Trukikaitis_Postimees, lk 10
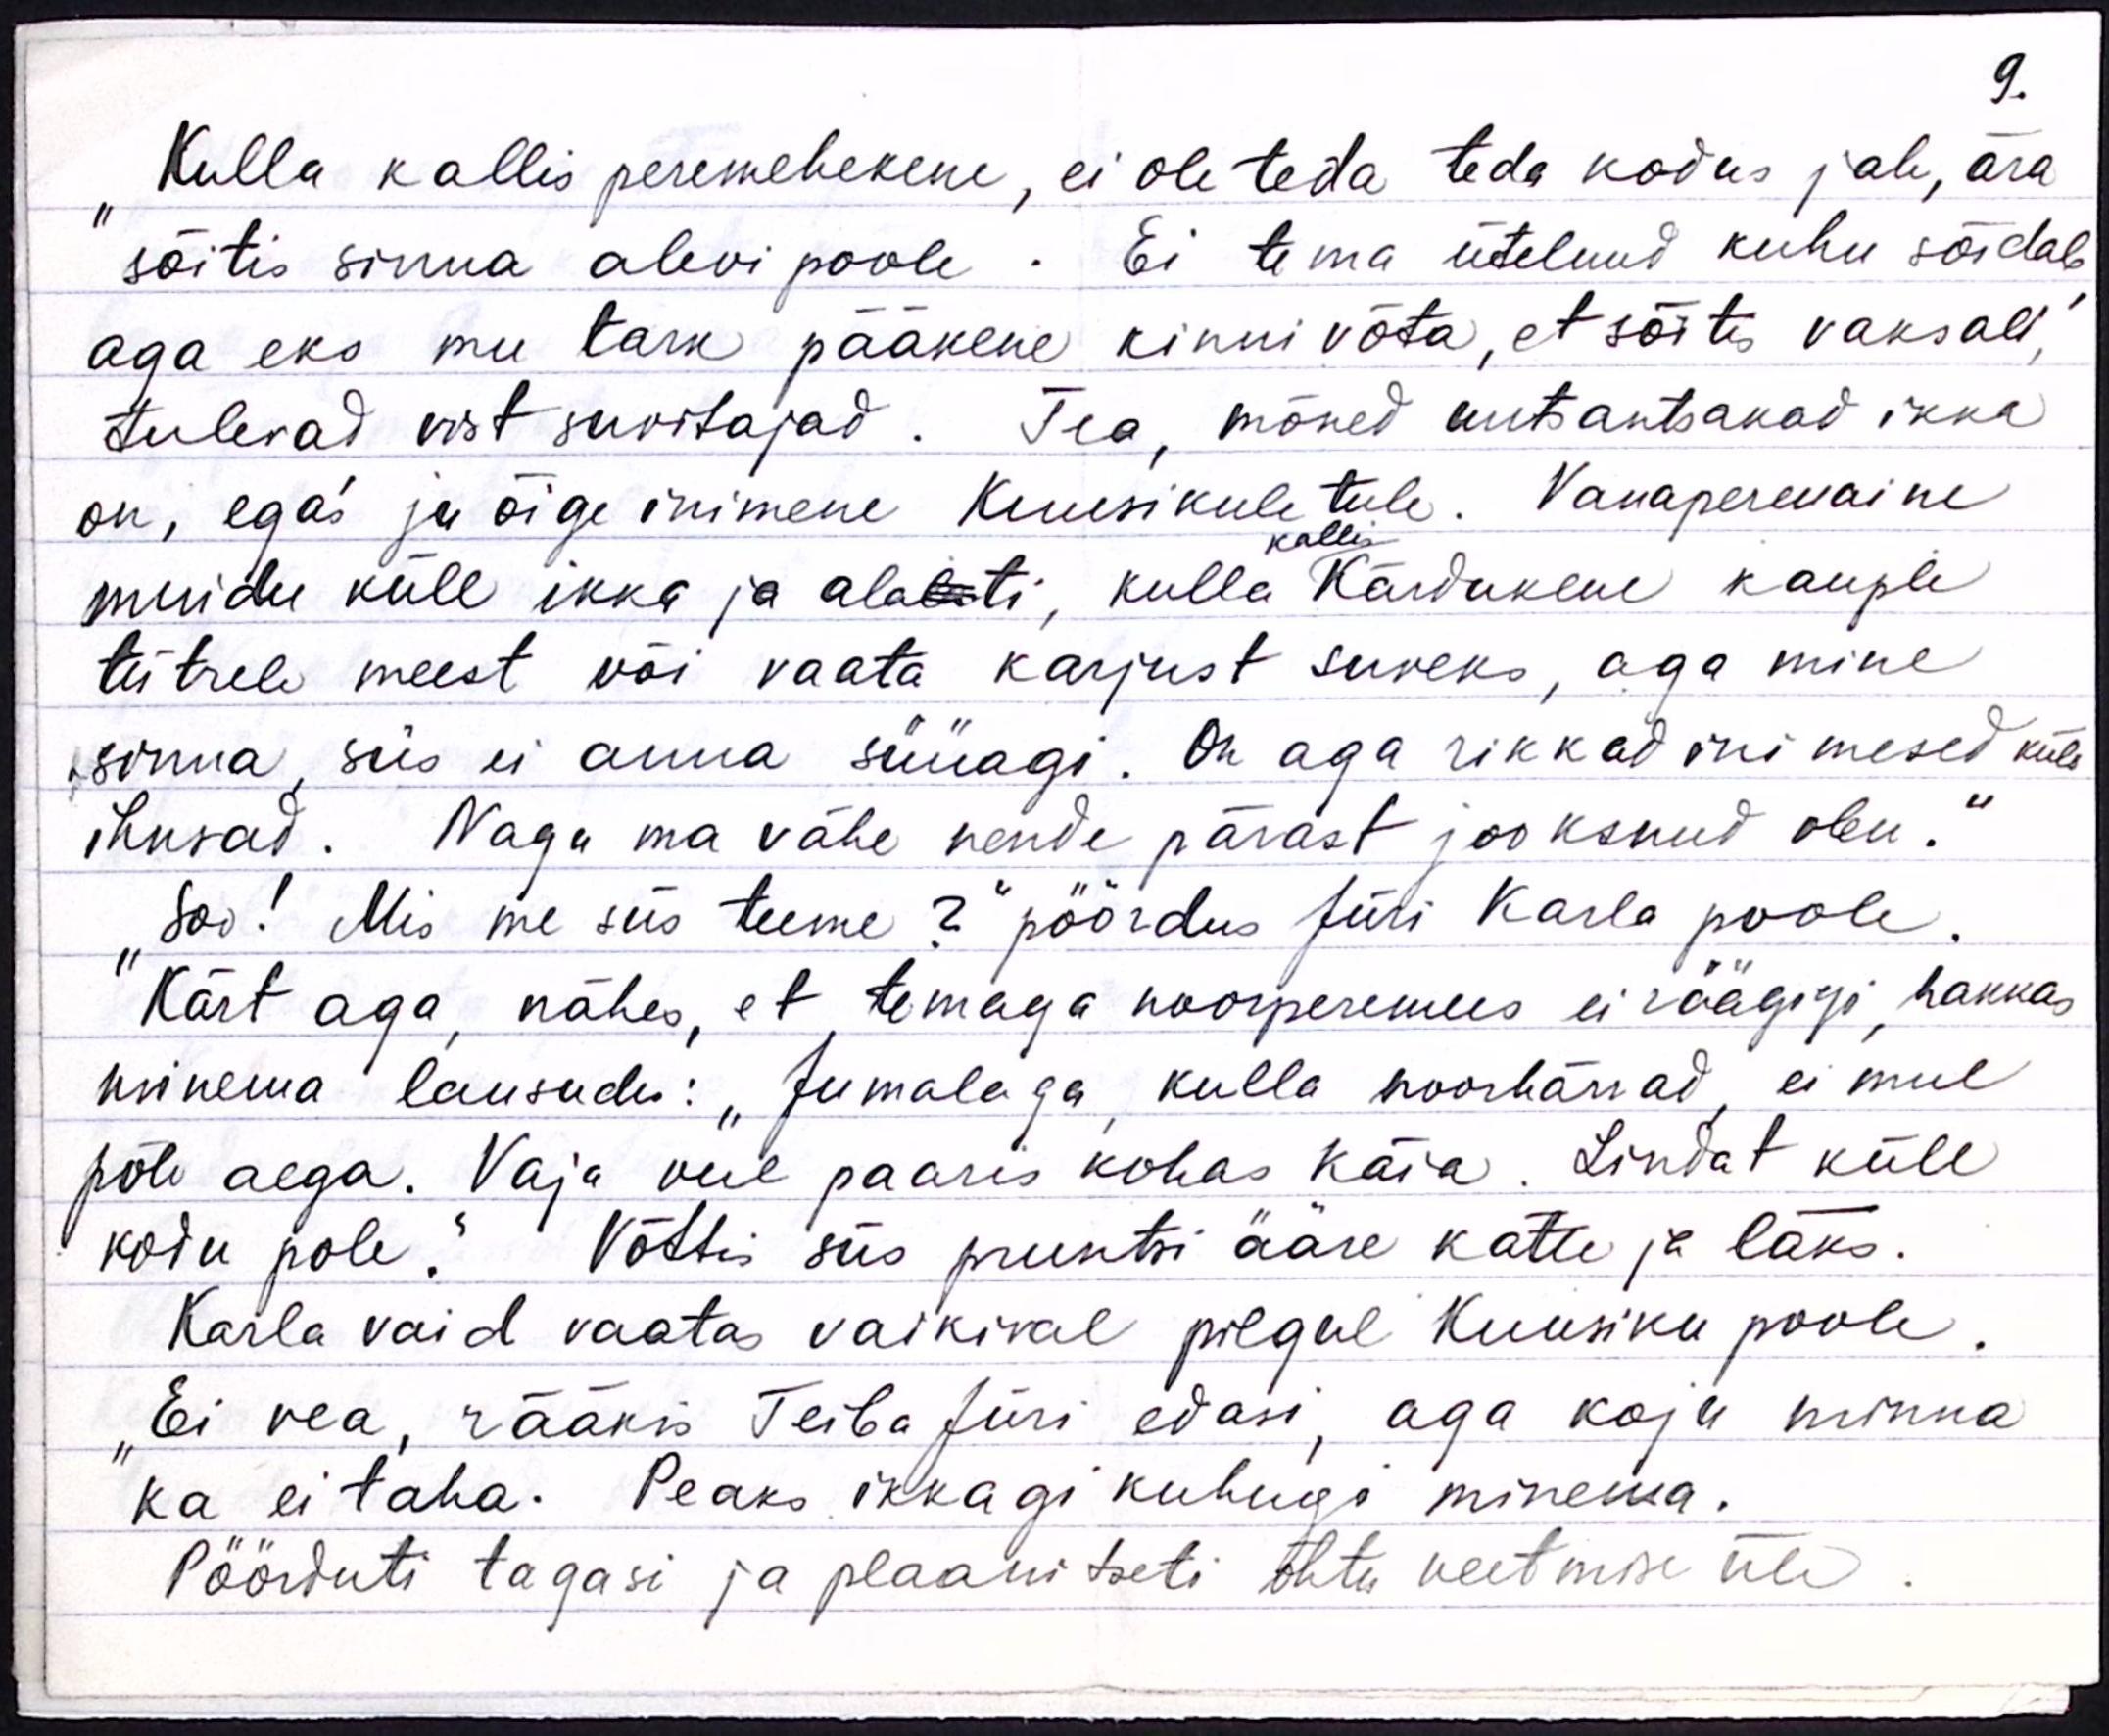
9.

"Kulla kallis peremehekene, ei ole teda teda kodus jah, ära
sõitis sinna alevi poole. Ei tema ütelnud kuhu sõidab
aga eks mu tark pääkene kinnivõta, et sõitis vaksali,"
tulevad vist suvitajad. Tea, mõned untsantakad, ikka
on, ega's ju õige inimene Kuusikule tule. Vanaperenaine
kallis
muidu küll ikka ja alalati, kulla Kärdukene kauple
tütrele meest või vaata karjust suveks, aga mine
sinna, siis ei anna süüagi. On aga rikkad inimesed küll
ihnsad. Nagu ma vähe nende pärast jooksnud olen."
"Soo! Mis me siis teeme ?“ pöördus Jüri Karla poole.
Kärt aga, nähes, et temaga noorperemees ei räägigi, hakkas
minema lausudes: "Jumalaga kulla noorhärrad, ei mul
põle aega. Vaja veel paaris kohas käia. Lindat küll
kodu pole." Võttis siis pruntsi ääre kätte ja läks.
Karla vaid vaatas vaikival pilgul Kuusiku poole.
"Ei vea, rääkis Teiba Jüri edasi, aga koju minna
ka ei taha. Peaks ikkagi kuhugi minema.
Pöörduti tagasi ja plaanitseti õhtu veetmise üle.